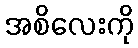
အစိလေးကို